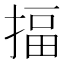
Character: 揊